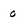
Character: 0